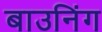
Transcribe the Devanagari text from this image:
बाउनिंग